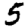
Digit: 5